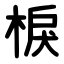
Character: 棙